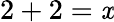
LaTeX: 2+2=\mathit{x}